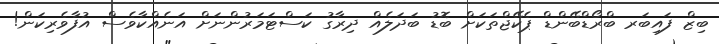
ބިޒް ފައިބަރ ބްރޯޑްބޭންޑް ޕެކޭޖްތަކަށް ބޮޑު ބަދަލެއް ދިރާގު ކަސްޓަމަރުންނަށް އަނެއްކާވެސް އުފާވެރިކަން!